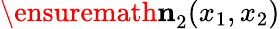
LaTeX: \ensuremath{\mathbf{n}}_{2}^{}(x_{1},x_{2})